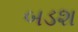
બડશ